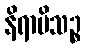
နိရာမိသဉ္စ